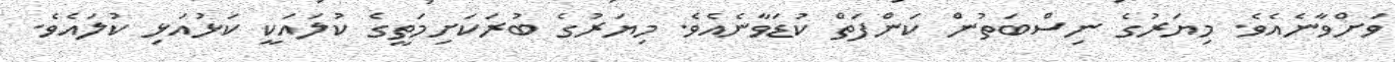
ވަށްވާނެއެވެ. މިޔަރުގެ ނިސްބަތުން ކަންފަތް ކުޑަވާނެއެވެ. މިޔަރުގެ ބުރަކަށިމަތީގެ ކުލައަކީ ކަޅުއަޅި ކުލައެވެ.